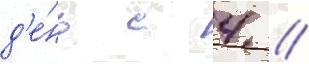
д'е́нь с 4 /